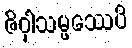
ဇိဝှါသမ္ဖဿေပိ